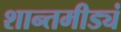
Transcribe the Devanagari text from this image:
शान्तमीड्यं